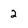
Character: 2